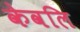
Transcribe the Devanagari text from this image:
केवलि